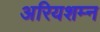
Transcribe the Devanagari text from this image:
अरियशम्न